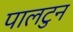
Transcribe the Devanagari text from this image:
पालटुन